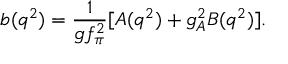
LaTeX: b ( q ^ { 2 } ) = \frac { 1 } { g f _ { \pi } ^ { 2 } } [ A ( q ^ { 2 } ) + g _ { A } ^ { 2 } B ( q ^ { 2 } ) ] .